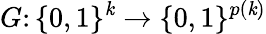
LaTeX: G\colon\{ 0,1\} ^{\mathit{k}}\to\{ 0,1\} ^{p(\mathit{k})}